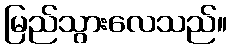
မြည်သွားလေသည်။